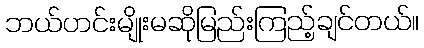
ဘယ်ဟင်းမျိုးမဆိုမြည်းကြည့်ချင်တယ်။